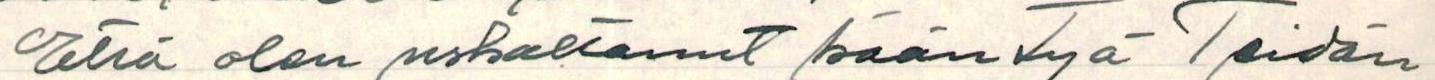
Että olen uskaltanut kääntyä Teidän